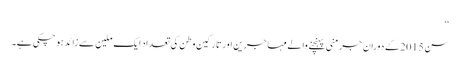
‘‘
سن 2015 کے دوران جرمنی پہنچنے والے مہاجرین اور تارکین وطن کی تعداد ایک ملین سے زائد ہو چکی ہے۔